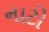
નાટો